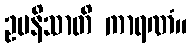
ဥပနိသာတိ ကာရဏံ။